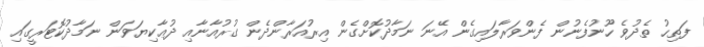
ފަތިހު ތެދުވެ ހޫނުފެނުން ފެންވަރާލައިގެން އޭނަ ނަމާދުކޮށްގެން އިރުއަރާންދެން ގުރުއާނާއި ދުޢާކިޔަވަން ނަމާދުކޮޓަރީގައި